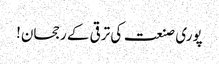
پوری صنعت کی ترقی کے رجحان!